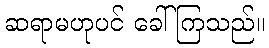
ဆရာမဟုပင် ခေါ်ကြသည်။